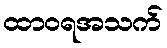
ထာဝရအသက်